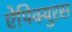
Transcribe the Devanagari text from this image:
ऐपिक्युरस